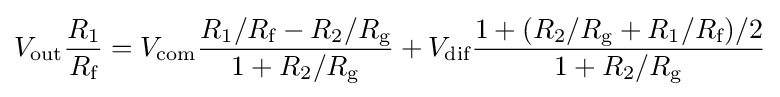
V_{\text{out}}{\frac {R_{1}}{R_{\text{f}}}}=V_{\text{com}}{\frac {R_{1}/R_{\text{f}}-R_{2}/R_{\text{g}}}{1+R_{2}/R_{\text{g}}}}+V_{\text{dif}}{\frac {1+(R_{2}/R_{\text{g}}+R_{1}/R_{\text{f}})/2}{1+R_{2}/R_{\text{g}}}}